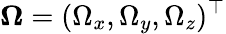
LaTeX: \boldsymbol{\Omega}=(\Omega_{x},\Omega_{y},\Omega_{z})^{\top}